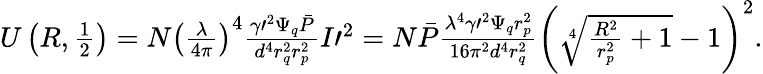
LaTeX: \begin{array}{r}{U\left(R,\frac 12\right)=N\left(\frac{\lambda}{4\pi}\right)^{4}\frac{\gamma\prime^{2}\Psi_{q}\bar{P}}{d^{4}r_{q}^{2}r_{p}^{2}}I\prime^{2}=N\bar{P}\frac{\lambda^{4}\gamma\prime^{2}\Psi_{q}r_{p}^{2}}{16\pi^{2}d^{4}r_{q}^{2}}\bigg(\sqrt[4]{\frac{R^{2}}{r_{p}^{2}}+1}-1\bigg)^{2}.}\end{array}